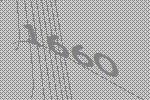
1660